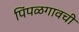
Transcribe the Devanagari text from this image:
पिंपळगावची